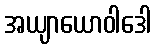
အယျာယောဝါဒေါ